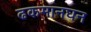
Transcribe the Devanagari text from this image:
ढकमानघन